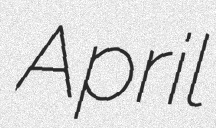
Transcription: April